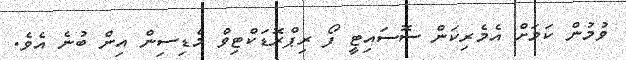
ވުމުން ކަމަށް އެމެރިކަން ސޮސައިޓީ ފޯ ރިޕްރޮޑަކްޓިވް މެޑިސިން އިން ބުނެ އެވެ.